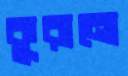
কুরানো